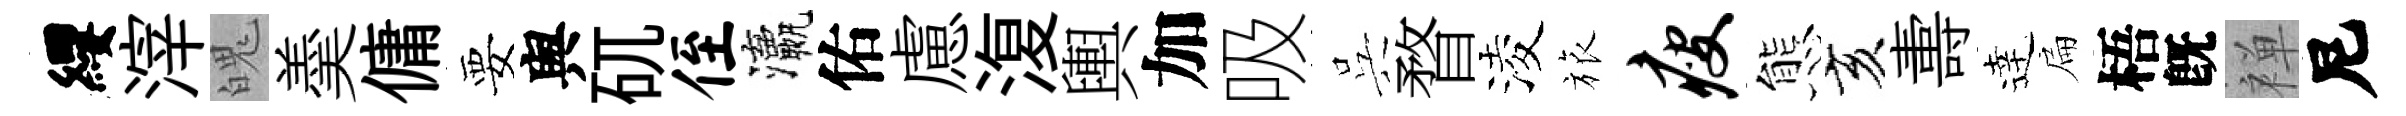
纓滓魄羮傭要舆矹侄瀛佑慮𣸪輿加吸呉瞀淩旅瘦態亥夀逹扁梧旣禅尼